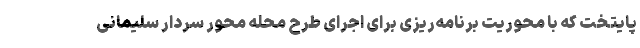
پایتخت که با محوریت برنامه‌ریزی برای اجرای طرح محله محور سردار سلیمانی